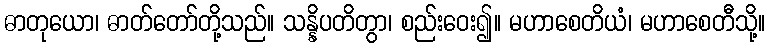
ဓာတုယော၊ ဓာတ်တော်တို့သည်။ သန္နိပတိတွာ၊ စည်းဝေး၍။ မဟာစေတိယံ၊ မဟာစေတီသို့။